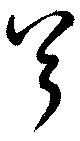
兮